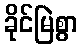
ခိုင်မြဲစွာ